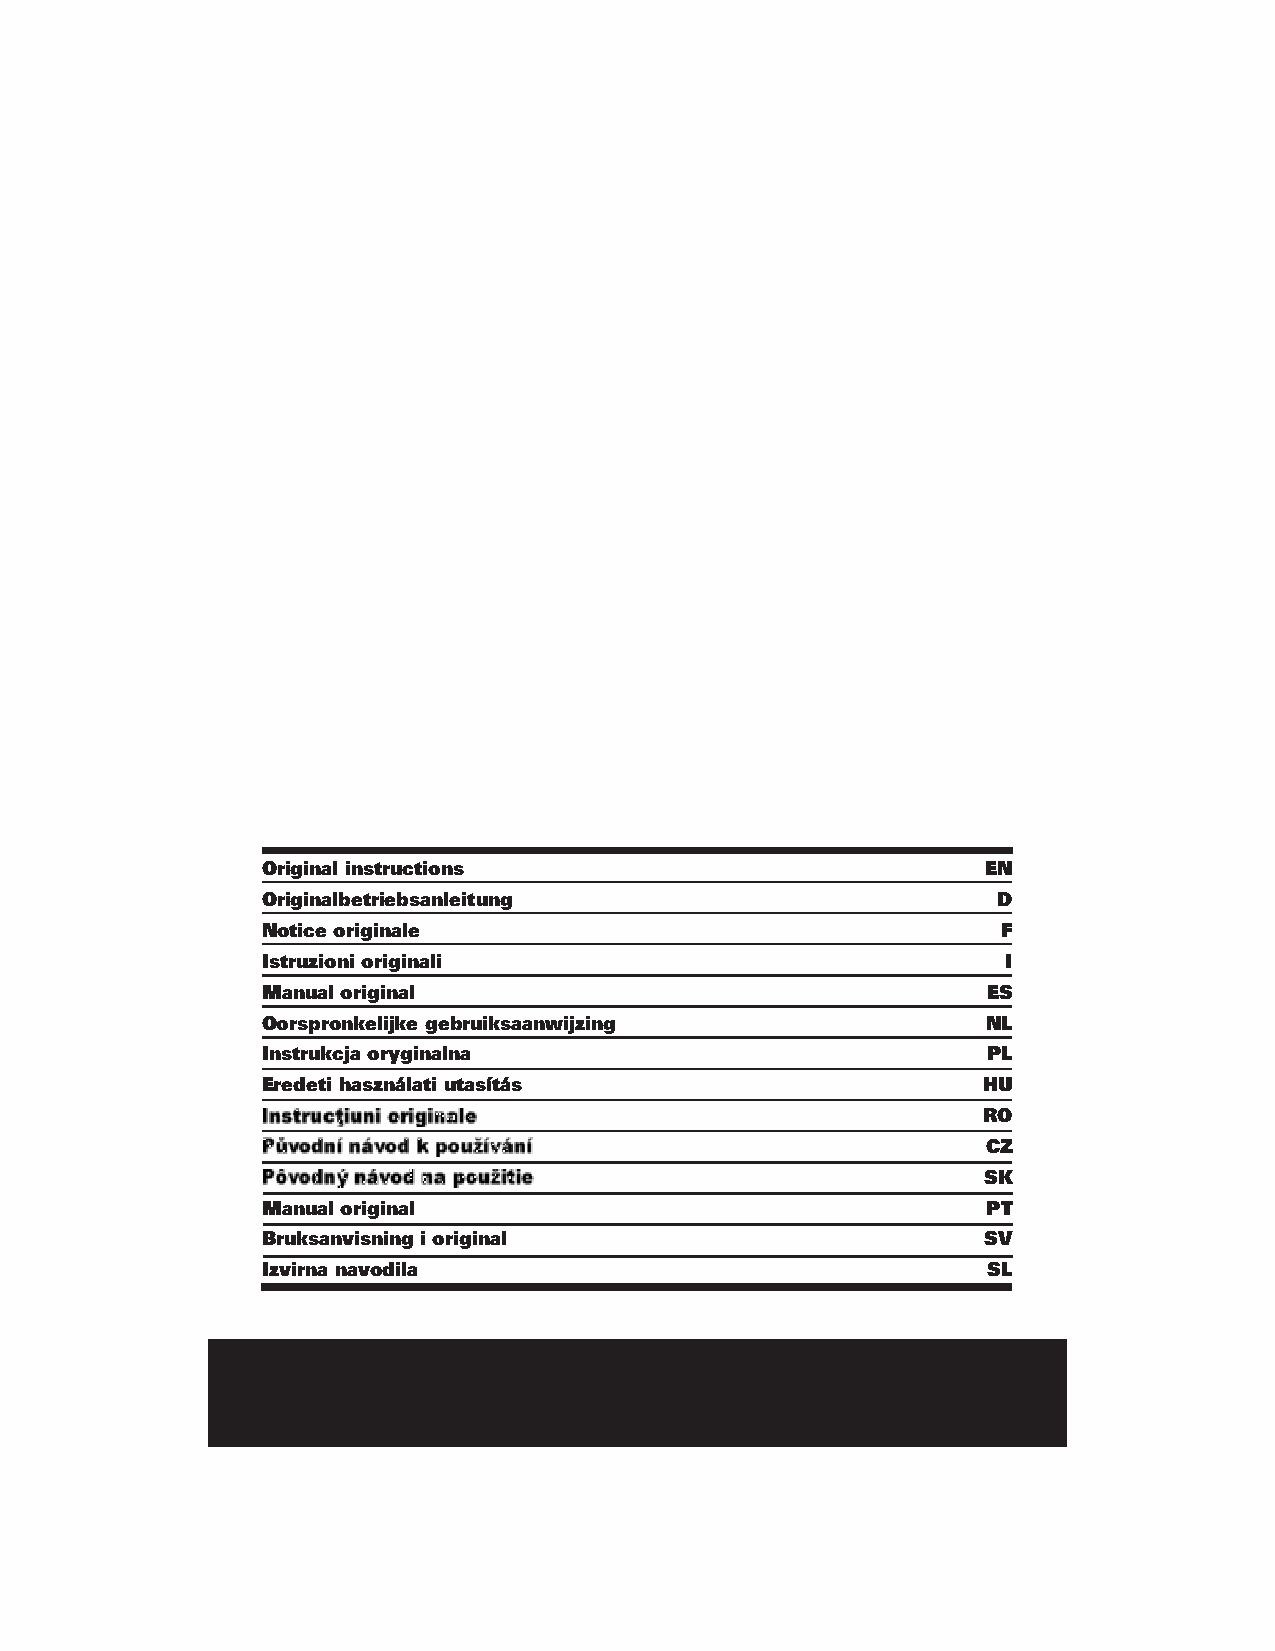
                          
                        
                                 
                              
                                 
              
                           
                     
                                 
                              
                              
                                 
                       
                                